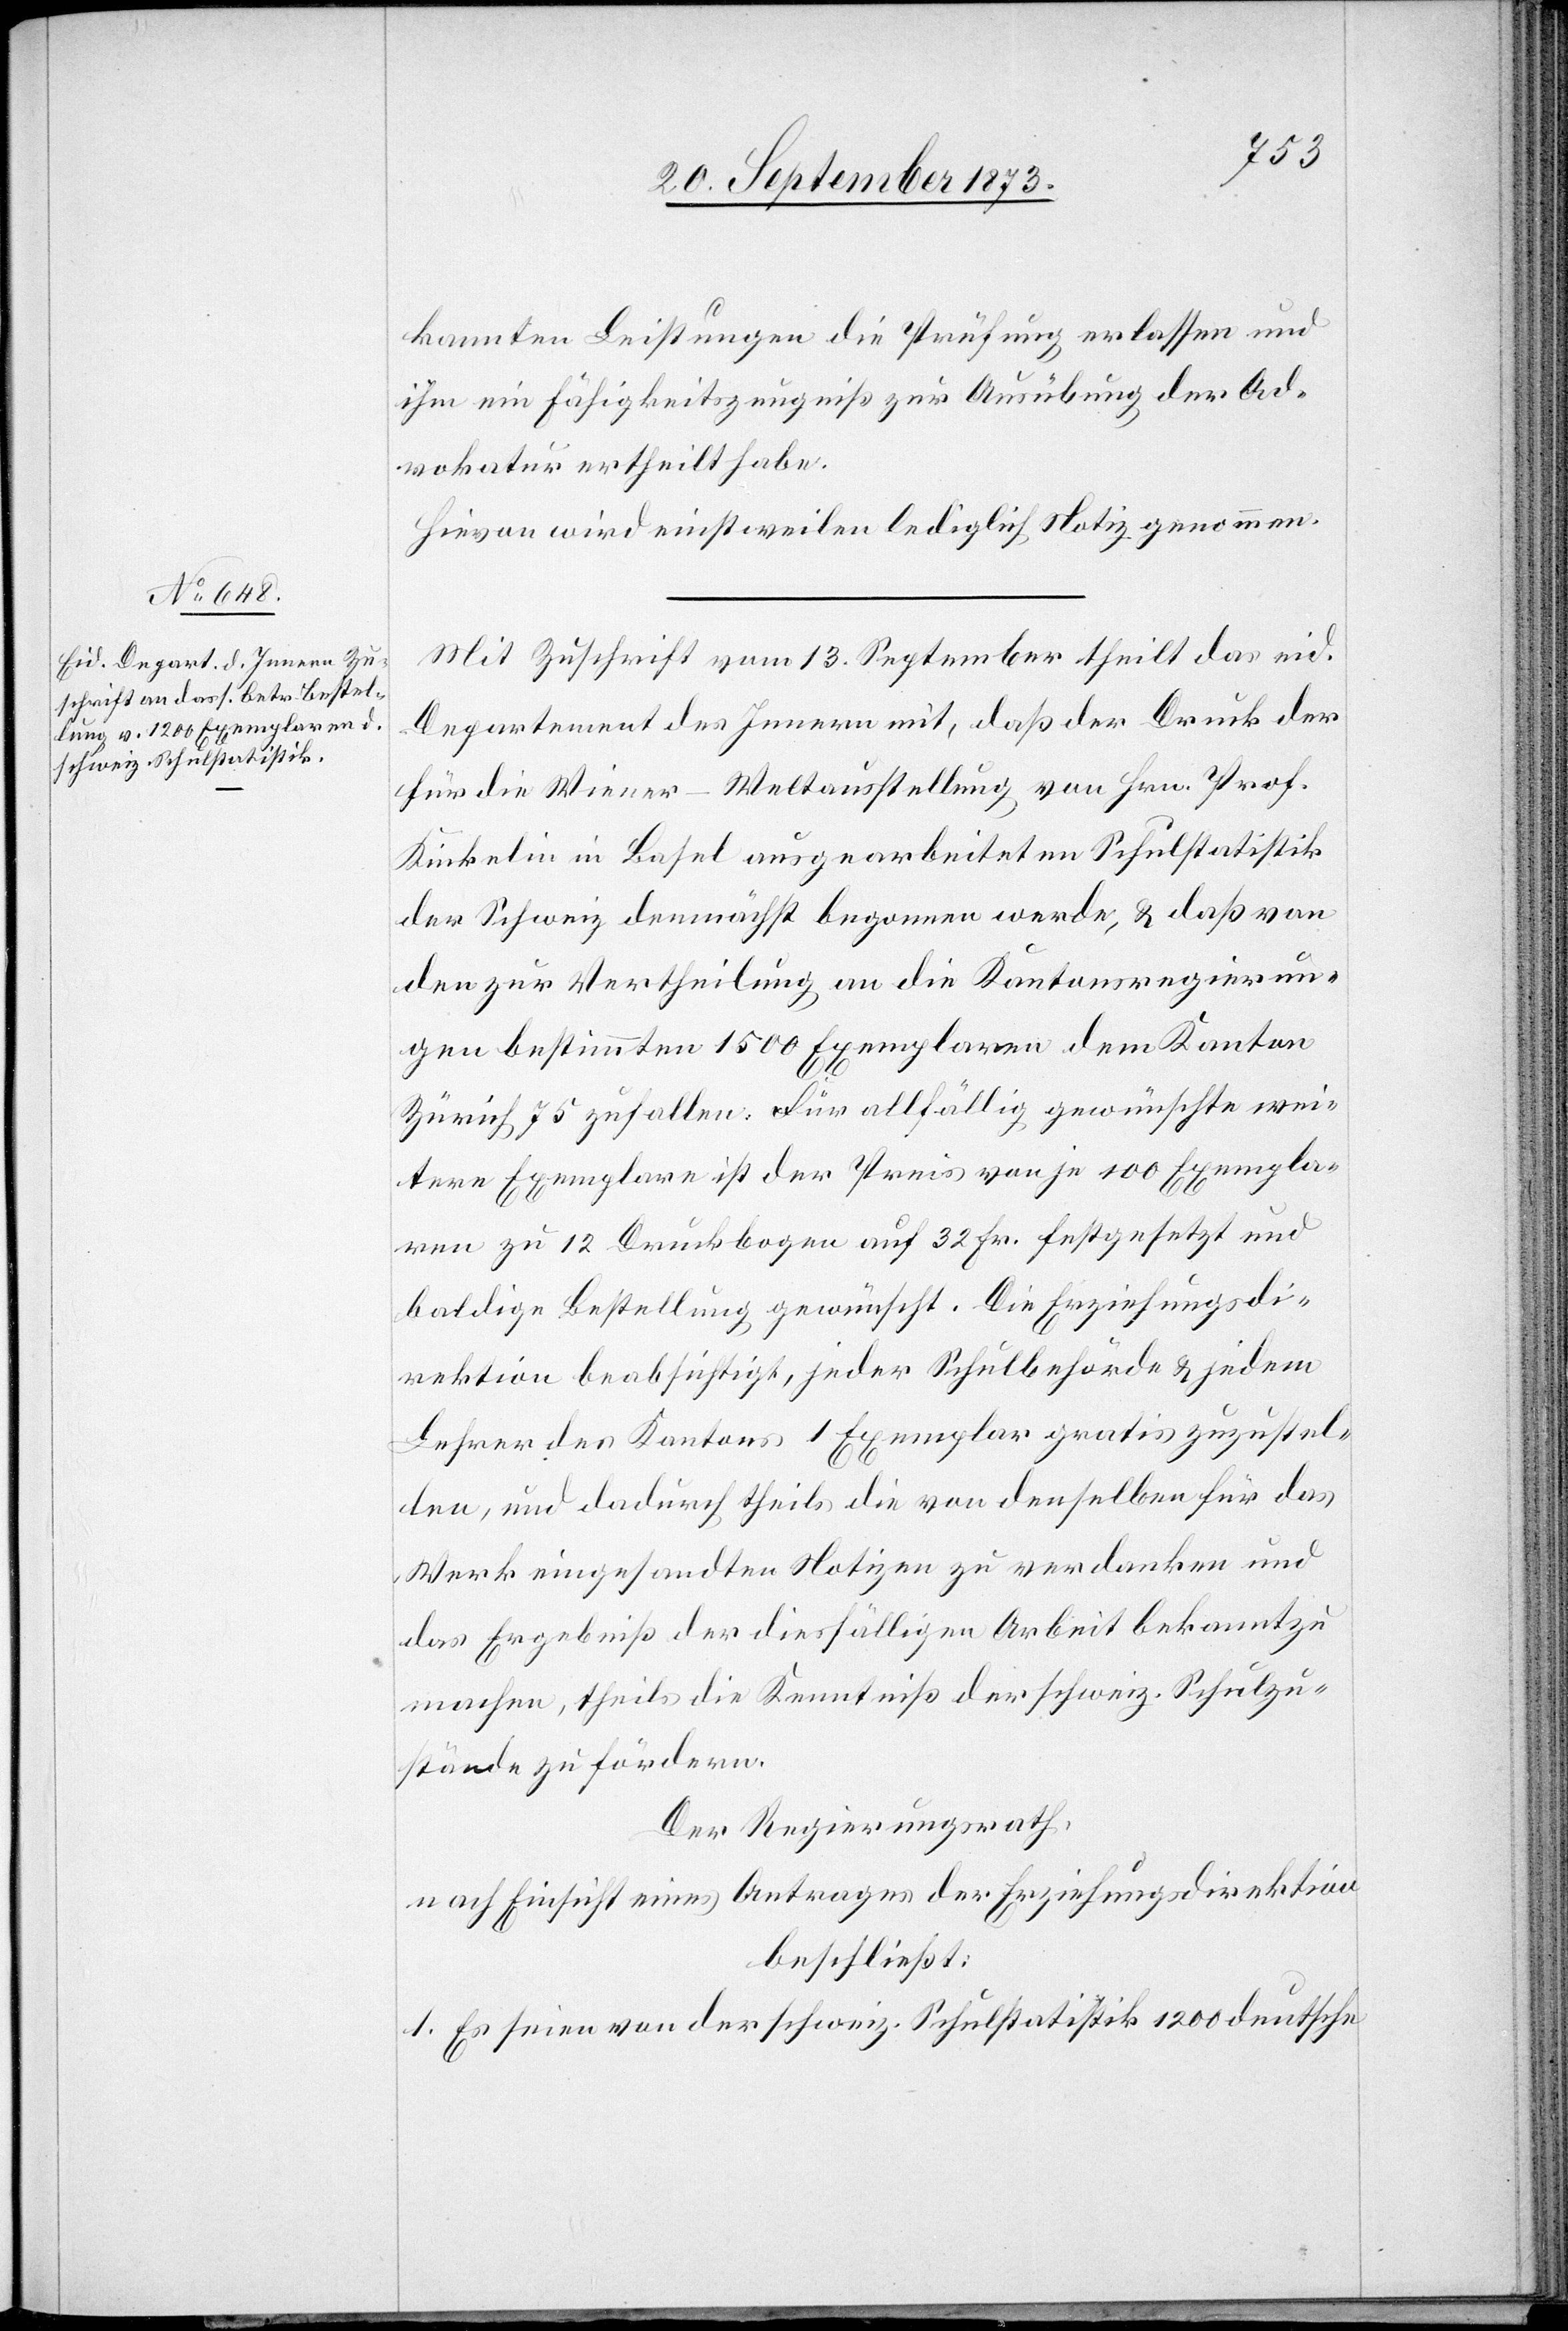
kannten Leistungen die Prüfung erlassen und
ihm ein Fähigkeitszeugniß zur Ausübung der Ad¬
vokatur ertheilt habe.
Hievon wird einstweilen lediglich Notiz genommen.
Mit Zuschrift vom 13. September theilt das eid.
Departement des Innern mit, daß der Druck der
für die Wiener-Weltausstellung von Hrn. Prof.
Kinkelin in Basel ausgearbeiteten Schulstatistik
der Schweiz demnächst begonnen werde, & daß von
den zur Vertheilung an die Kantonsregierun¬
gen bestimmten 1 500 Exemplaren dem Kanton
Zürich 75 zufallen. Für allfällig gewünschte wei¬
ter Exemplare ist der Preis von je 100 Exempla¬
ren zu 12 Druckbogen auf 32 Fr. festgesetzt und
baldige Bestellung gewünscht. Die Erziehungsdi¬
rektion beabsichtigt, jeder Schulbehörde & jedem
Lehrer des Kantons 1 Exemplar gratis zuzustel¬
len, und dadurch theils die von denselben für das
Werk eingesandten Notizen zu verdanken und
das Ergebniß der diesfälligen Arbeit bekannt zu
machen, theils die Kenntniß der schweiz. Schulzu¬
stände zu fördern.
Der Regierungsrath,
nach Einsicht eines Antrages der Erziehungsdirektion
beschließt:
1. Es seien von der schweiz. Schulstatistik 1 200 deutsche